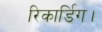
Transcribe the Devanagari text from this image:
रिकार्डिग।